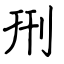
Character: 𠛬